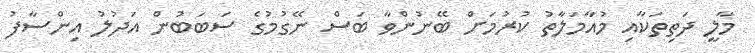
މާލީ ދަތިތަކާއި މުއާމަލާތު ކުރުމަށް ބޭނުންވާ ބަސް ނޭގުމުގެ ސަބަބުން އަދުލު އިންސާފު